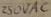
Text: 250V